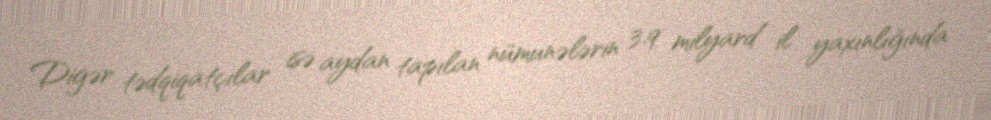
Digər tədqiqatçılar isə aydan tapılan nümunələrin 3.9 milyard il yaxınlığında